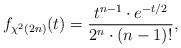
LaTeX: \begin{align*}f_{\chi^2(2n)}(t) = \frac{ t^{n-1} \cdot e^{-t/2} }{ 2^n \cdot (n-1)! },\end{align*}